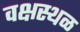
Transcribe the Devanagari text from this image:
वक्षस्थळ